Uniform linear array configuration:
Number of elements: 12
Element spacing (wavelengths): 0.75
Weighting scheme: kaiser
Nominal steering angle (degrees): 15
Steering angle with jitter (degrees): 13.156
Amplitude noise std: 0.05
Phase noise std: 0.05

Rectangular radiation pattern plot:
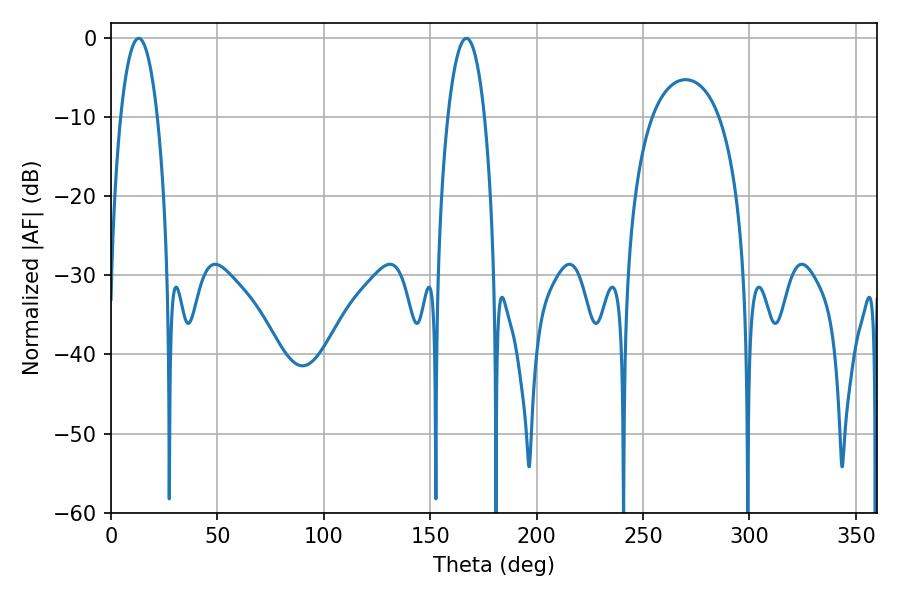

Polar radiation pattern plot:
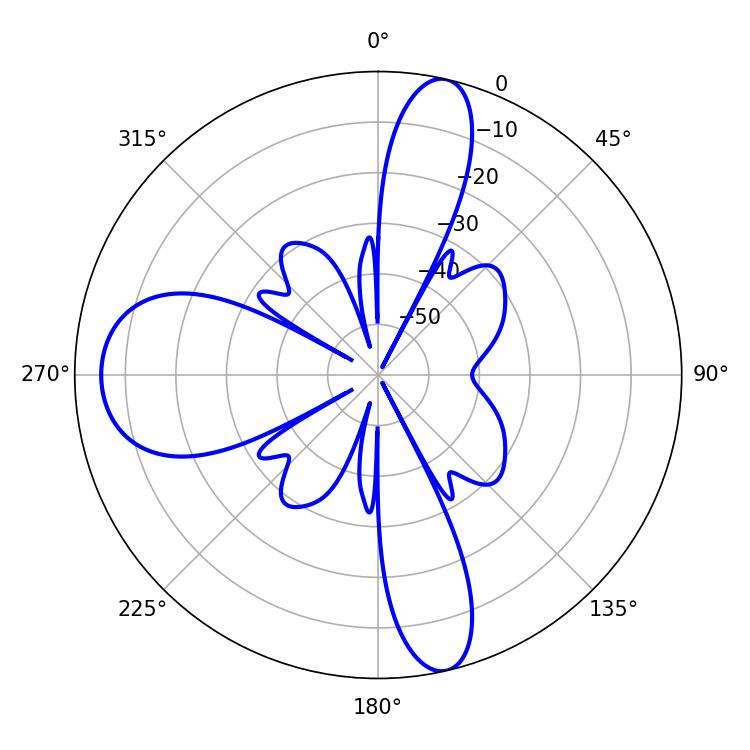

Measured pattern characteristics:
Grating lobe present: TRUE
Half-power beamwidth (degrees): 9.54
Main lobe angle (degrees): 167.04